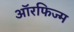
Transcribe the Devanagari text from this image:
ऑरफिज्म